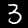
Label: 3